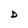
Character: D